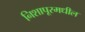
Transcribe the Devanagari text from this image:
निशापूरमधील